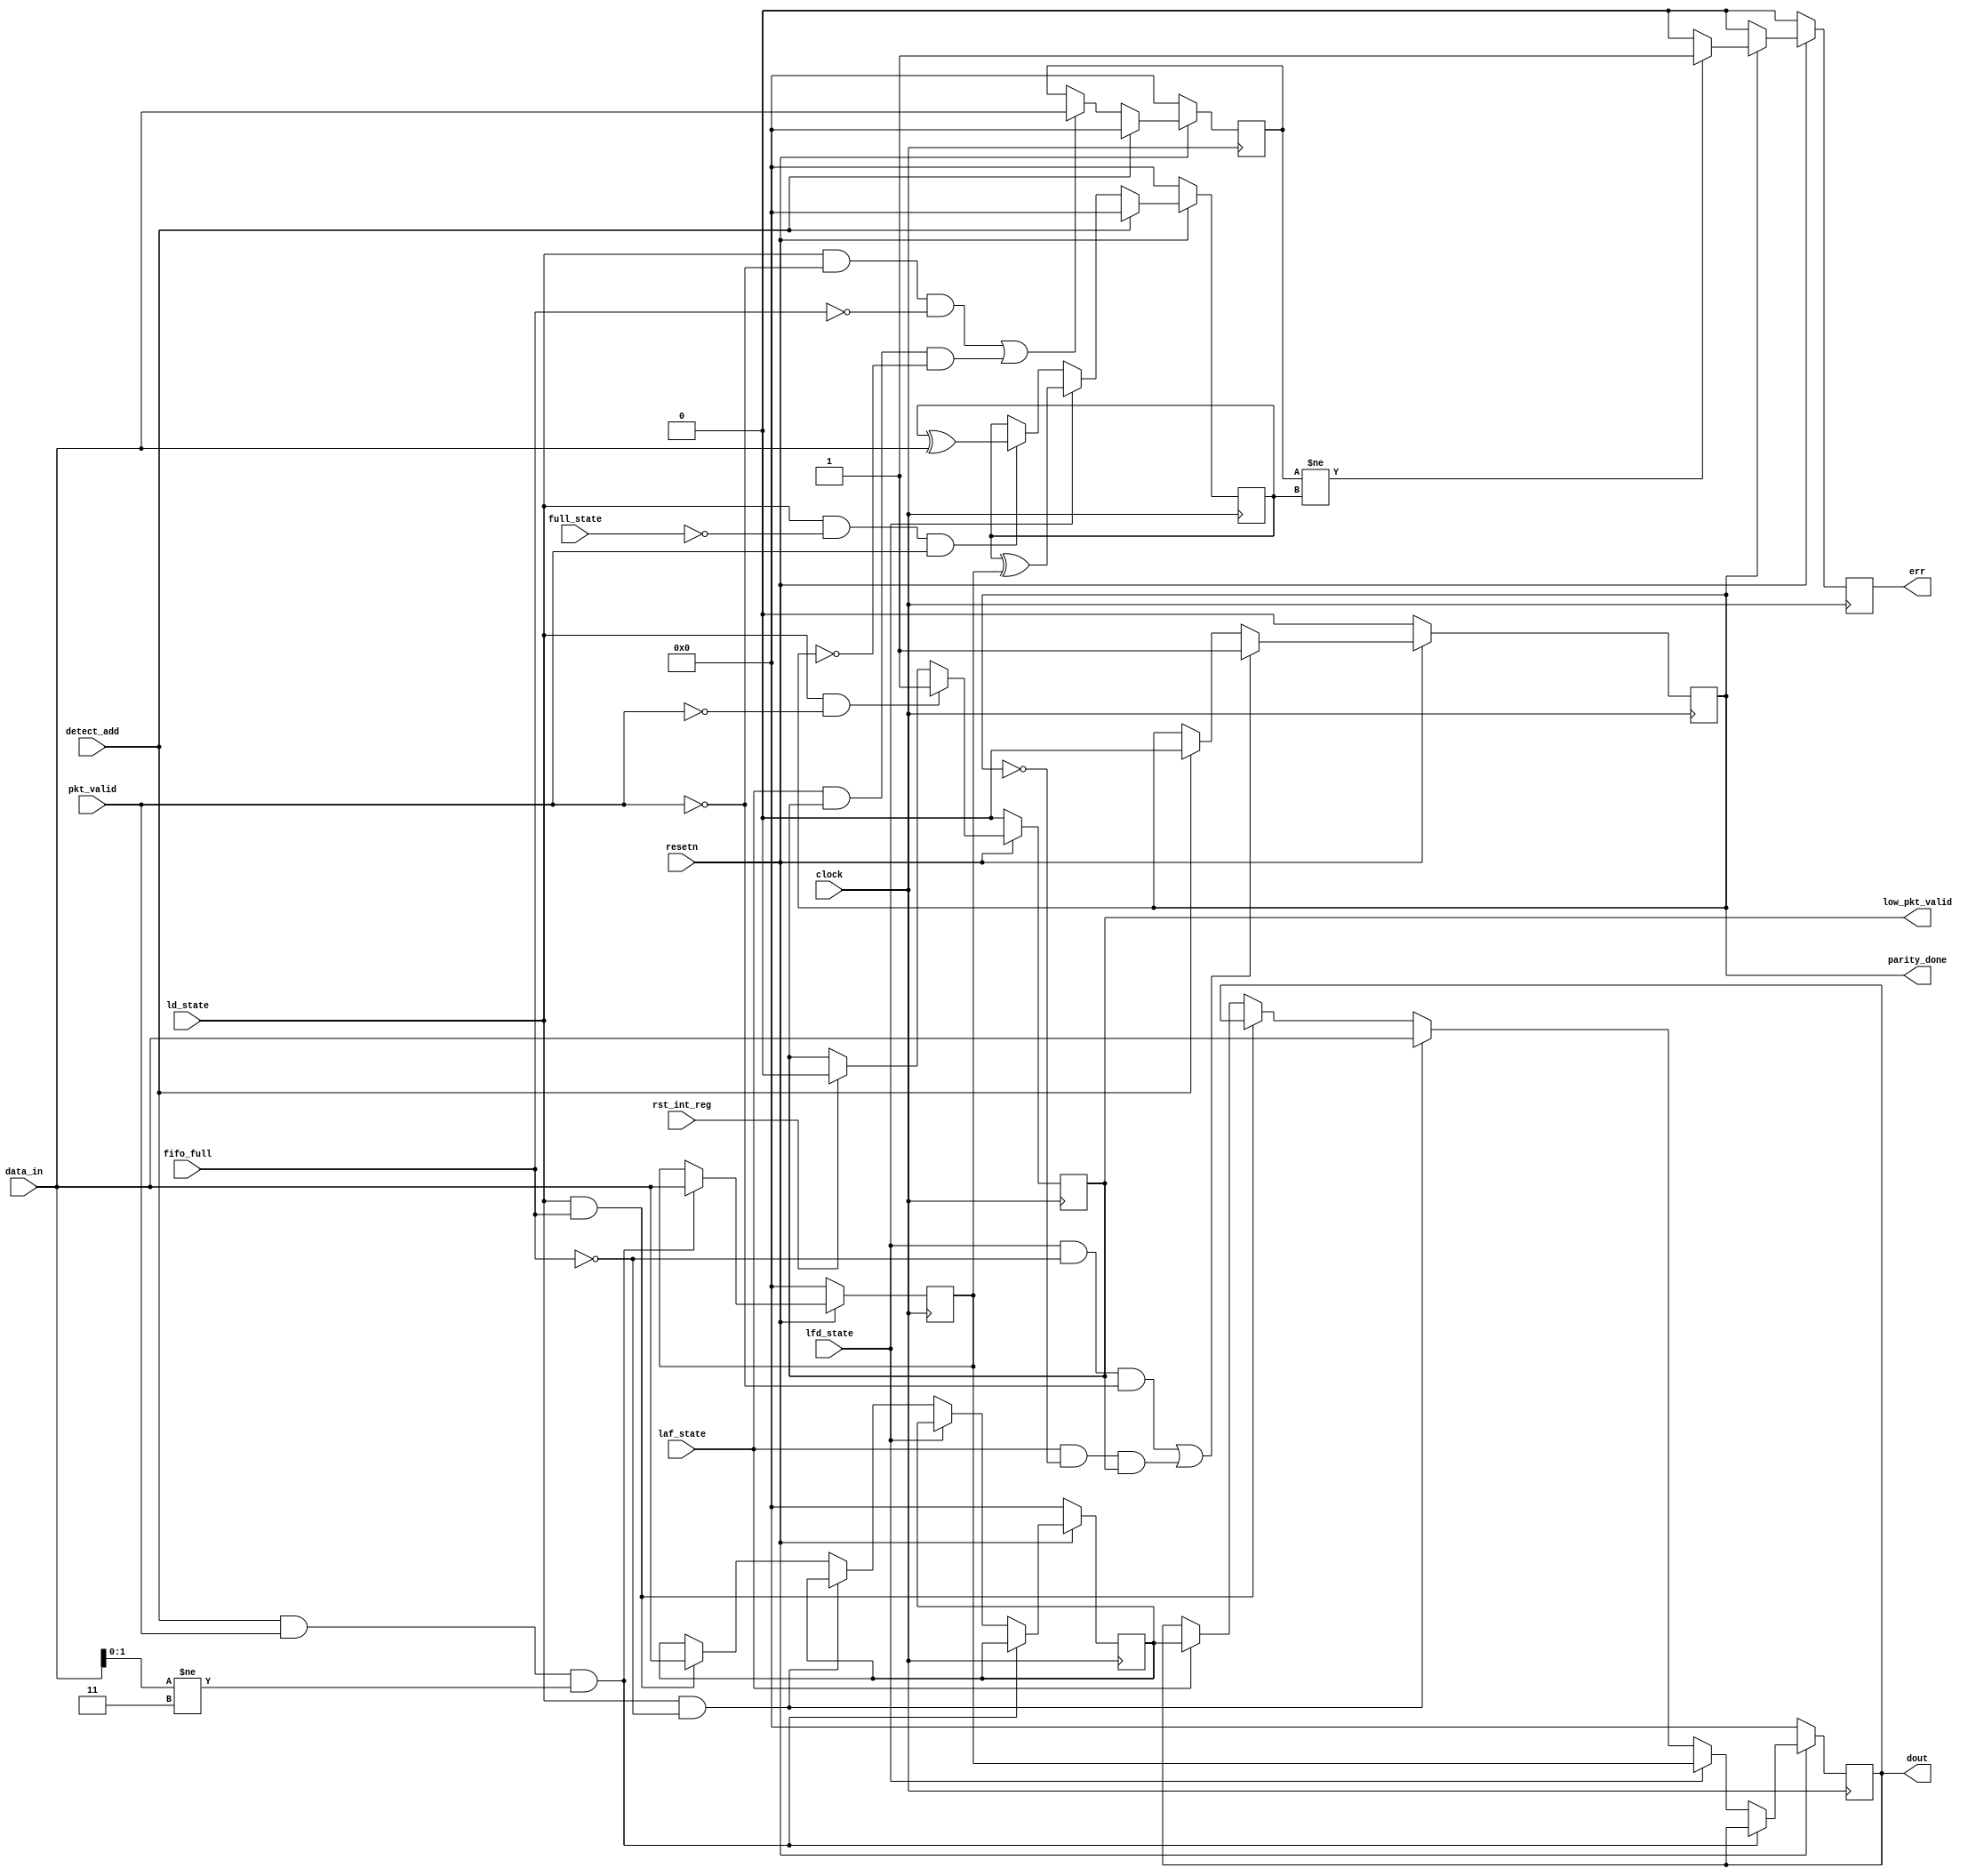
module router_reg(  			input			clock,
					input			resetn,
					input			pkt_valid,
					input	[7:0]	data_in,
					input			fifo_full,
					input			rst_int_reg,
					input			detect_add,
					input 			ld_state,
					input			lfd_state,
					input 			full_state,
					input			laf_state,
					output	reg		parity_done,
					output	reg		low_pkt_valid,
					output	reg		[7:0] dout,
					output	reg 	err);
	
	//Internal Registers
	
	reg [7:0] full_state_byte;
	reg [7:0] pkt_parity;
	reg [7:0] first_byte;
	reg [7:0] internal_parity;
	
	//Parity done logic
	always @(posedge clock)
		begin
			if(~resetn)
				parity_done<= 1'b0;
			else if((lfd_state && !fifo_full && !pkt_valid) || (laf_state && !parity_done && low_pkt_valid))
				parity_done<=1'b1;
			else if(detect_add)
				parity_done <= 1'b0;
		end
	
	//Low_packet_valid logic
	
	always @(posedge clock)
		begin
			if(~resetn)
				low_pkt_valid <= 1'b0;
			else if(ld_state == 1 && pkt_valid == 0)
				low_pkt_valid <= 1'b1;
			else if(rst_int_reg)
				low_pkt_valid <= 1'b0;
		end
	
	//Register dout logic
	always @(posedge clock)
		begin
			if(~resetn)
				begin	
					dout <= 8'h00;
					first_byte <= 8'h00;
					full_state_byte <= 8'h00;
				end
			else 
				begin
					if(detect_add && pkt_valid==1 && data_in[1:0] != 2'b11)
						first_byte <= data_in;
					else if(lfd_state)
						dout <= first_byte;
					else if(ld_state && !fifo_full)
						begin	
							dout<= data_in;
						end
					else if(ld_state && fifo_full)
						full_state_byte <=  data_in;
					else if (laf_state)
						dout<= full_state_byte;
				end
		end
	
	//internal partiy logic
	always @(posedge clock)
		begin
			if(~resetn)
				internal_parity<= 8'h00;
			else
				begin
					if(detect_add)
						internal_parity <= 8'h00;
					else if(lfd_state)
						begin
							internal_parity <= internal_parity^ first_byte;
						end
					else if(ld_state && !full_state && pkt_valid)
						internal_parity <= internal_parity^data_in;
				end
		end
		
	//Packet_parity_logic
	
	always @(posedge clock)
		begin
			if(~resetn)
				begin
					pkt_parity <= 8'h00;
				end
			else if(detect_add)
				begin
					pkt_parity <= 8'h00;
				end
			else if((ld_state && !pkt_valid && ~fifo_full) || (laf_state & low_pkt_valid & ~parity_done))
				begin
					pkt_parity <= data_in;
				end
		end
	
	//Error Logic
	always  @(posedge clock)
		begin
			if(~resetn)
				err <= 1'b0;
			else if(!parity_done)
				err<=1'b0;
			else if(pkt_parity != internal_parity)
				err<= 1'b1;
			else 
				err <= 1'b0;
		end
	
endmodule